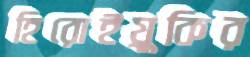
হিরোইয়ুকির